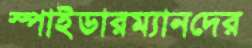
স্পাইডারম্যানদের